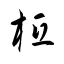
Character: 柢